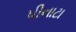
પીનાટા